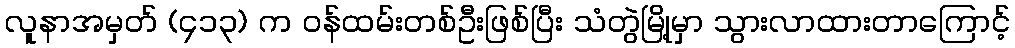
လူနာအမှတ် (၄၁၃) က ဝန်ထမ်းတစ်ဦးဖြစ်ပြီး သံတွဲမြို့မှာ သွားလာထားတာကြောင့်